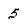
Character: 5